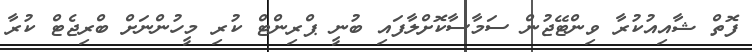
ފޮތް ޝާއިއުކުރާ ވިންޓޭޖުން ސަމާސާކޮށްލާފައި ބުނީ ޕްރިންޓް ކުރި މީހުންނަށް ބްރިޖެޓް ކުރާ